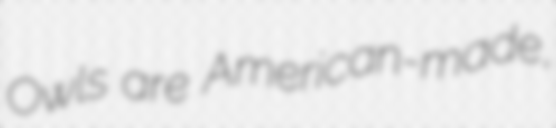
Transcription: Owls are American-made,